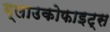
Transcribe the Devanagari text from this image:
ग्लाउकोफाइट्स